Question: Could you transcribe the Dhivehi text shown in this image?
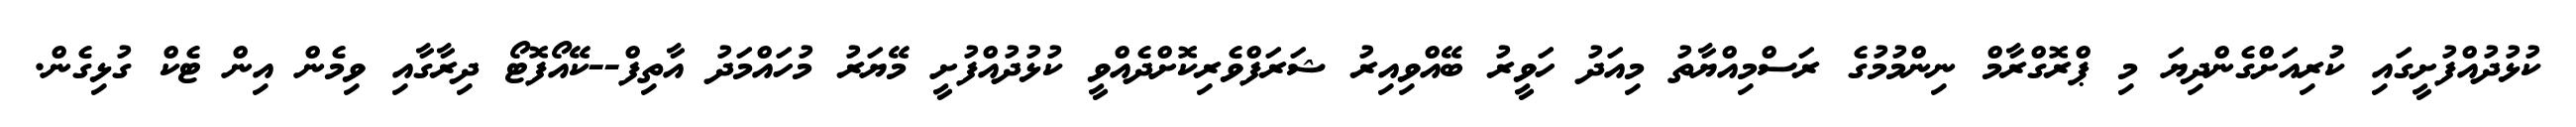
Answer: ކުޅުދުއްފުށީގައި ކުރިއަށްގެންދިޔަ މި ޕްރޮގްރާމް ނިންމުމުގެ ރަސްމިއްޔާތު މިއަދު ހަވީރު ބޭއްވިއިރު ޝަރަފްވެރިކޮށްދެއްވީ ކުޅުދުއްފުށީ މޭޔަރު މުހައްމަދު އާތިފް--ކޭއޯފޮޓޯ ދިރާގާއި ވިމެން އިން ޓެކް ގުޅިގެން.